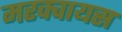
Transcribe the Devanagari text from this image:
मरक्वायस